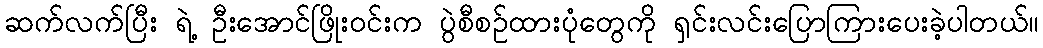
ဆက်လက်ပြီး ရဲ့ ဦးအောင်ဖြိုးဝင်းက ပွဲစီစဉ်ထားပုံတွေကို ရှင်းလင်းပြောကြားပေးခဲ့ပါတယ်။